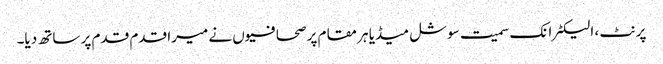
پرنٹ ، الیکٹرانک سمیت سوشل میڈیا ہر مقام پر صحافیوں نے میرا قدم قدم پر ساتھ دیا۔